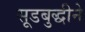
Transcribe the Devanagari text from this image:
सूडबुद्धीने